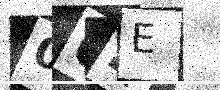
Text: 004E